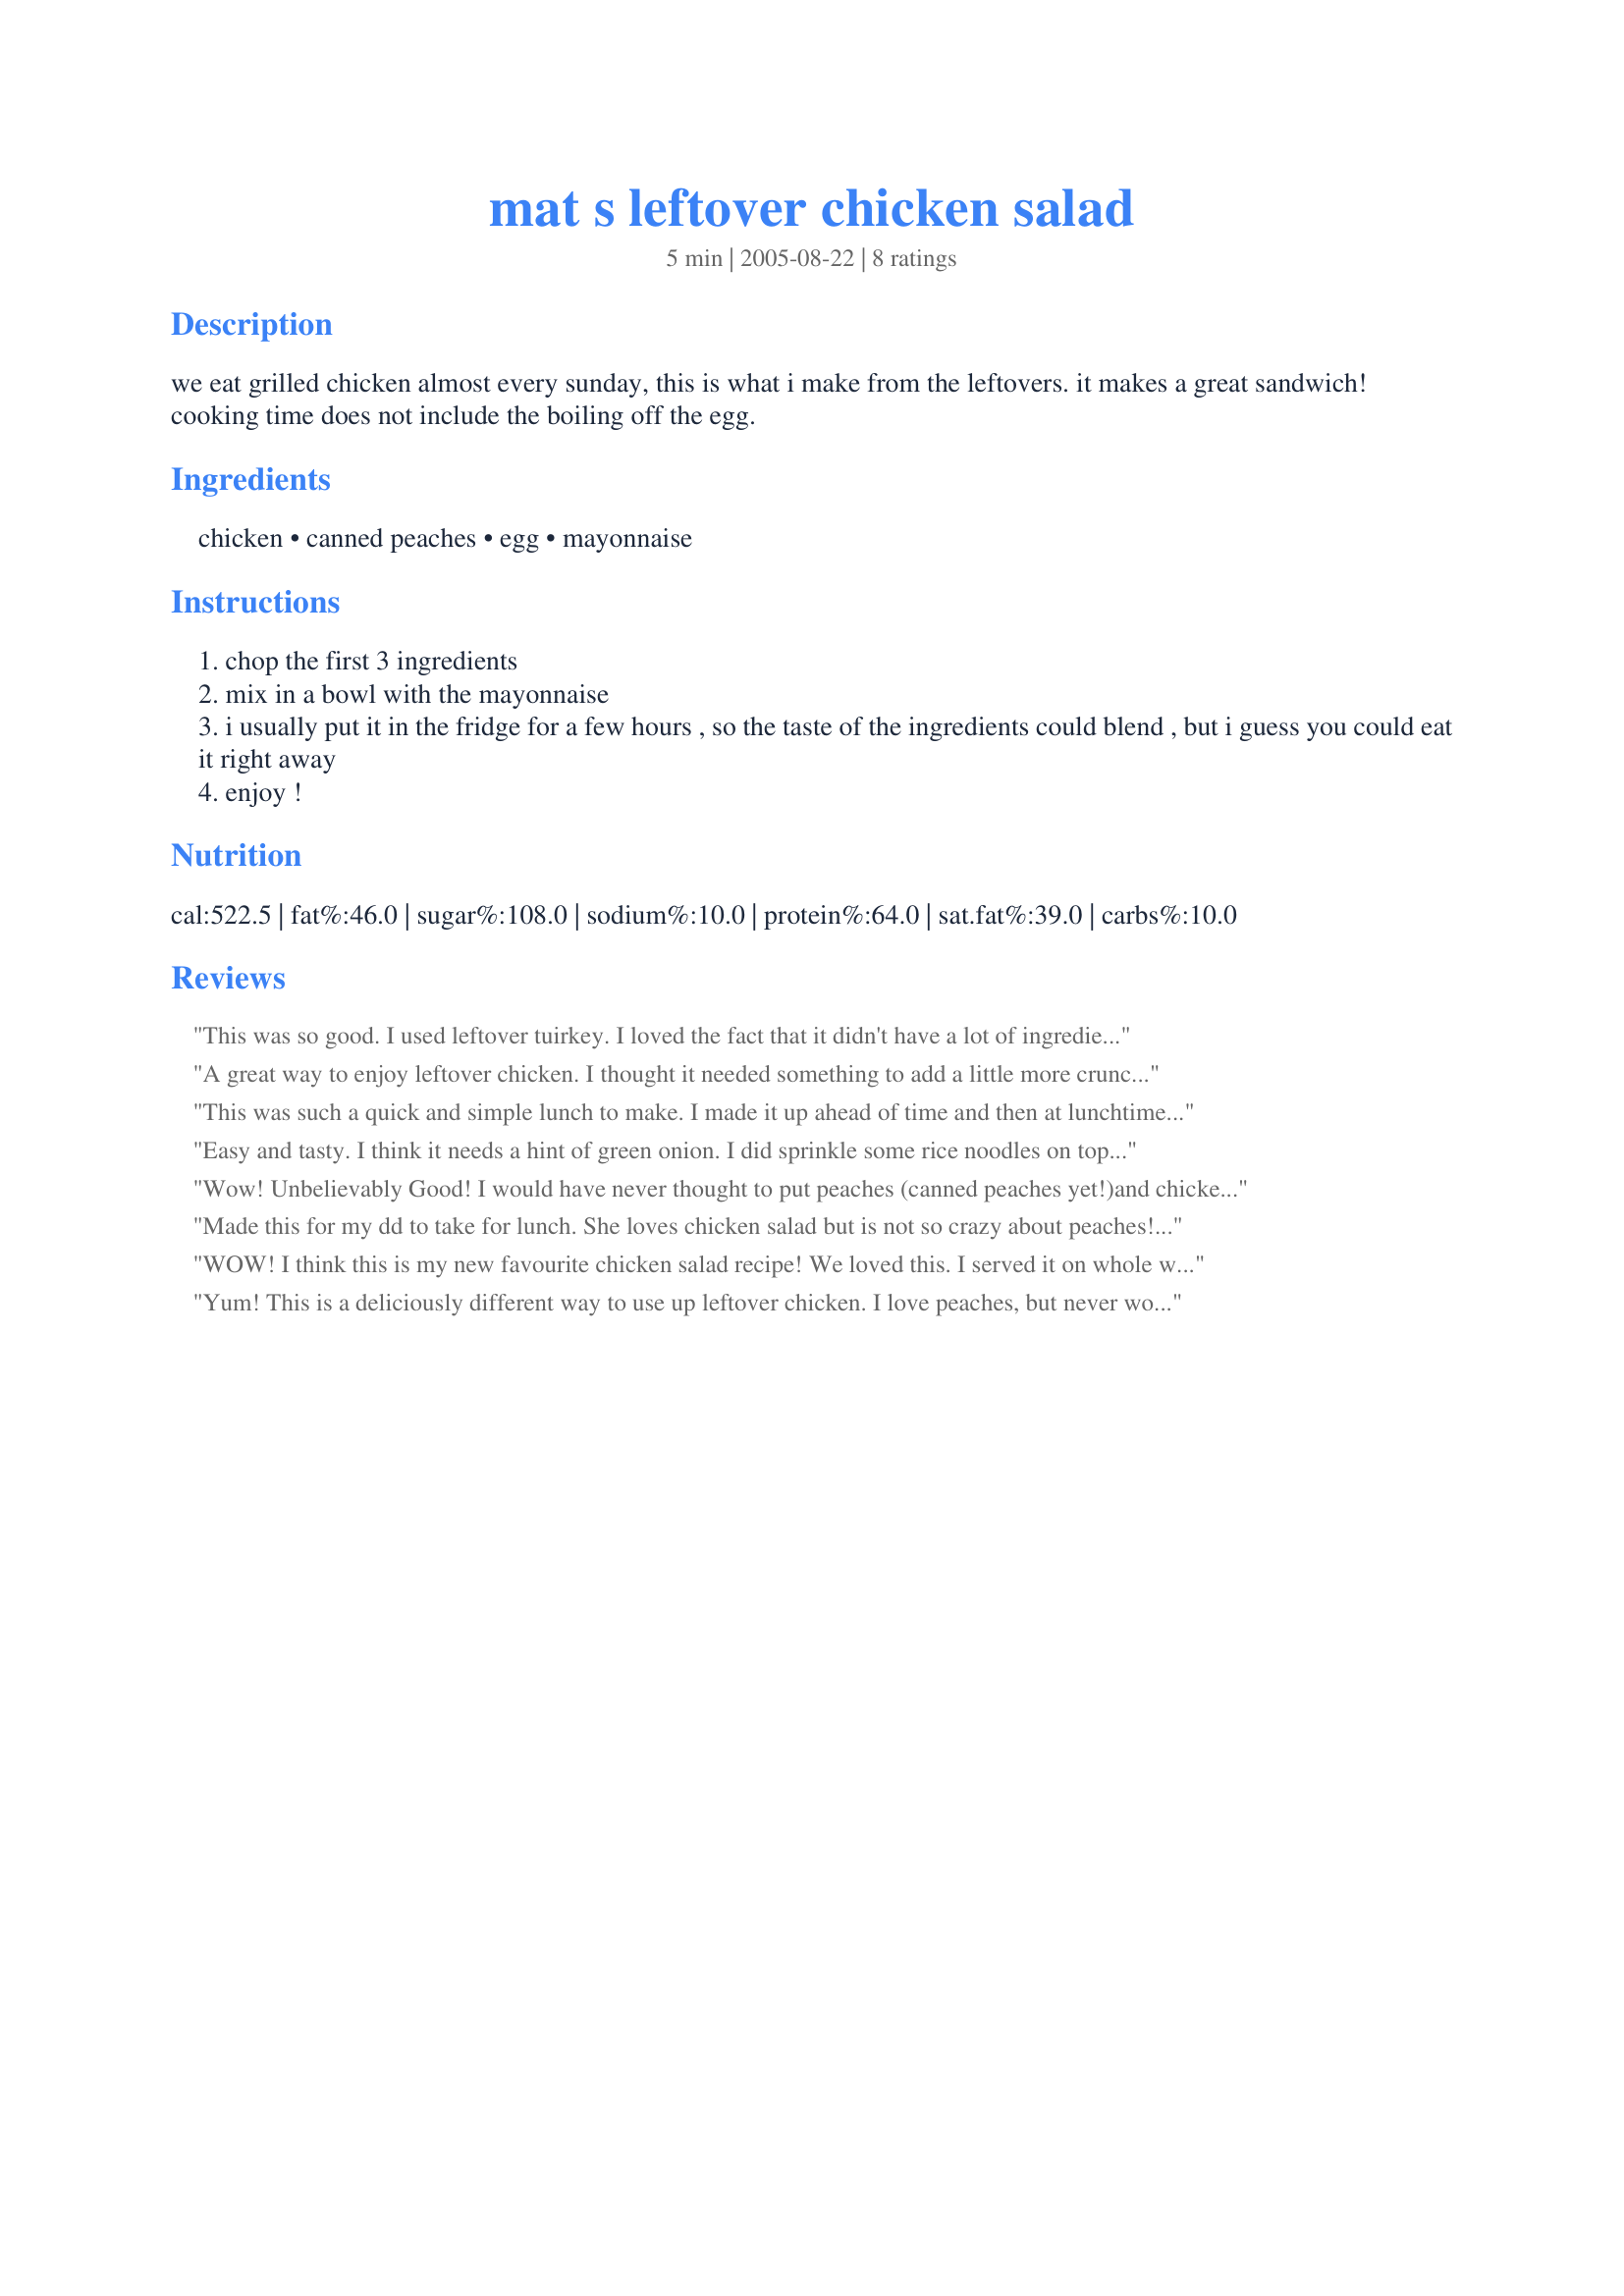
mat s leftover chicken salad
Preparation time: 5 minutes

we eat grilled chicken almost every sunday, this is what i make from the leftovers. it makes a great sandwich! cooking time does not include the boiling off the egg.

Ingredients:
chicken, canned peaches, egg, mayonnaise

Steps:
chop the first 3 ingredients
mix in a bowl with the mayonnaise
i usually put it in the fridge for a few hours , so the taste of the ingredients could blend , but i guess you could eat it right away
enjoy !

Reviews:
This was so good. I used leftover tuirkey. I loved the fact that it didn't have a lot of ingredients. Very simple to make. I will be making this again when I have ledtover chicken or turkey. Thanks for sharing your recipe. Made for PAC Spring '08
A great way to enjoy leftover chicken. I thought it needed something to add a little more crunch and flavor, so I added two chopped scallions. Loved it! Thanx! This will go into my "leftovers" cookbook.
This was such a quick and simple lunch to make. I made it up ahead of time and then at lunchtime I cut up some romaine and put the chicken salad on top. I also garnished with extra peach slices. This is something that will be wonderful to have during the upcoming warmer months. Next time I may add some red onion for more color and a little bit more crunch. Thanks for posting. Reviewed for ZWT4.
Easy and tasty. I think it needs a hint of green onion. I did sprinkle some rice noodles on top for some crunch. Thanks for sharing Maite. Made for ZWT4 the Flying Dutchess'.
Wow! Unbelievably Good!
I would have never thought to put peaches (canned peaches yet!)and chicken together. I placed it in a toasted wrap with arugula skipping the egg. Very quick and easy! Thanks for the refreshing lunch.
Made this for my dd to take for lunch. She loves chicken salad but is not so crazy about peaches! She really enjoyed this- tho I think she picked the peaches out- but the sweetness of them was still there! Great recipe! Love that I can use leftover chicken here! Wonderful tip! Thanks!
WOW! I think this is my new favourite chicken salad recipe! We loved this. I served it on whole wheat bread.
I will be making this a regular in our home, also a great way to use up leftovers.
Thanks for posting!!
Yum! This is a deliciously different way to use up leftover chicken. I love peaches, but never would have thought to use them in a chicken salad. They give it a great sweetness and flavor. I made this with chicken and used only the white from the egg to make it healthier. It made a lot more than 2 servings in my mind, which is a good thing!
